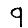
Digit: 9